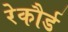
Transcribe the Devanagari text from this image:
रेकौर्ड